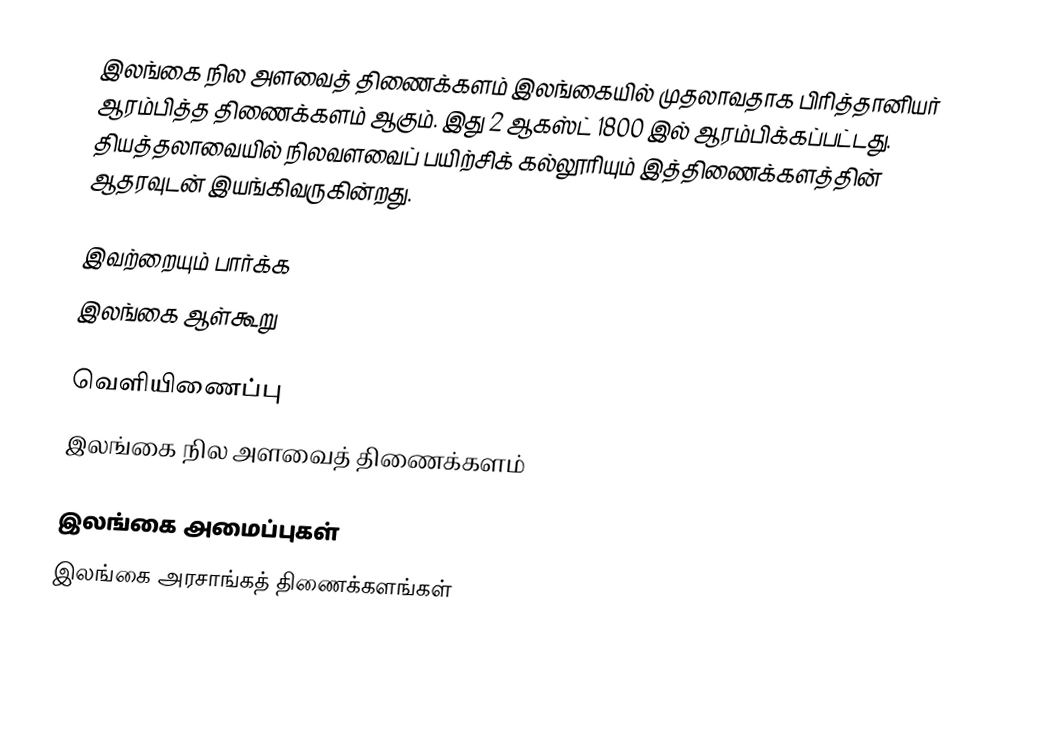
இலங்கை நில அளவைத் திணைக்களம் இலங்கையில் முதலாவதாக பிரித்தானியர் ஆரம்பித்த திணைக்களம் ஆகும். இது 2 ஆகஸ்ட் 1800 இல் ஆரம்பிக்கப்பட்டது. தியத்தலாவையில் நிலவளவைப் பயிற்சிக் கல்லூரியும் இத்திணைக்களத்தின் ஆதரவுடன் இயங்கிவருகின்றது.

இவற்றையும் பார்க்க
இலங்கை ஆள்கூறு

வெளியிணைப்பு
இலங்கை நில அளவைத் திணைக்களம்

இலங்கை அமைப்புகள்
இலங்கை அரசாங்கத் திணைக்களங்கள்